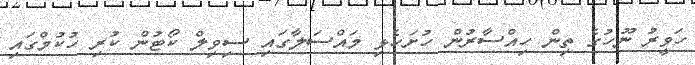
ހަވީރު ނޫހުގެ ތިން ހިއްސާރުން ހުށަހެޅި މައްސަލާގައި ސިވިލް ކޯޓުން ކުރި ހުކުމްގައި